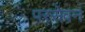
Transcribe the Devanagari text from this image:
परसेवन